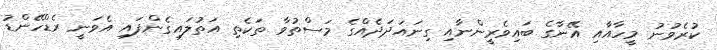
ކުރެވުނު މީހާއާއި އޭނާގެ ބައިވެރީންނާއި ގިނައަދަދެއްގެ މަސްތުވާ ތަކެތި އަތުލައިގެންފައި އެވަނީ ރެޑްހޭންޑު